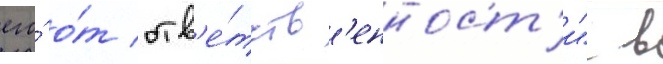
его́ о́т отв'е́тств'енност'и" в